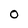
Character: O